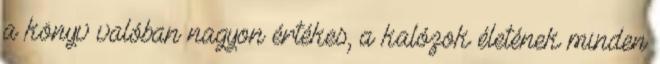
a könyv valóban nagyon értékes, a kalózok életének minden